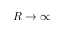
R \to \infty